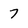
Character: 7